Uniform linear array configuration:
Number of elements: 64
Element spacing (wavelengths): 0.25
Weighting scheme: cosine
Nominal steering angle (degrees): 0
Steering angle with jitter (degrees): -0.04483
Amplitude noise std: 0.05
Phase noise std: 0.05

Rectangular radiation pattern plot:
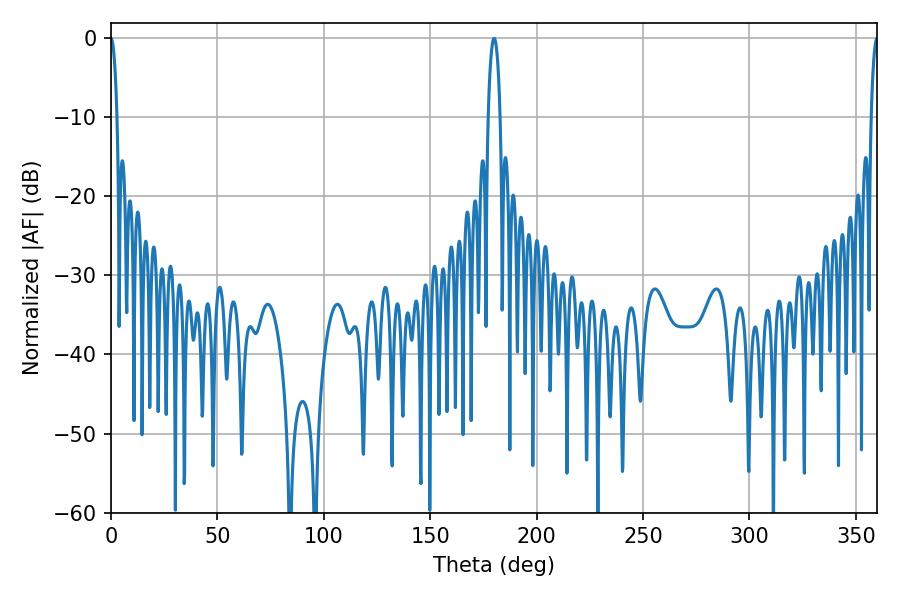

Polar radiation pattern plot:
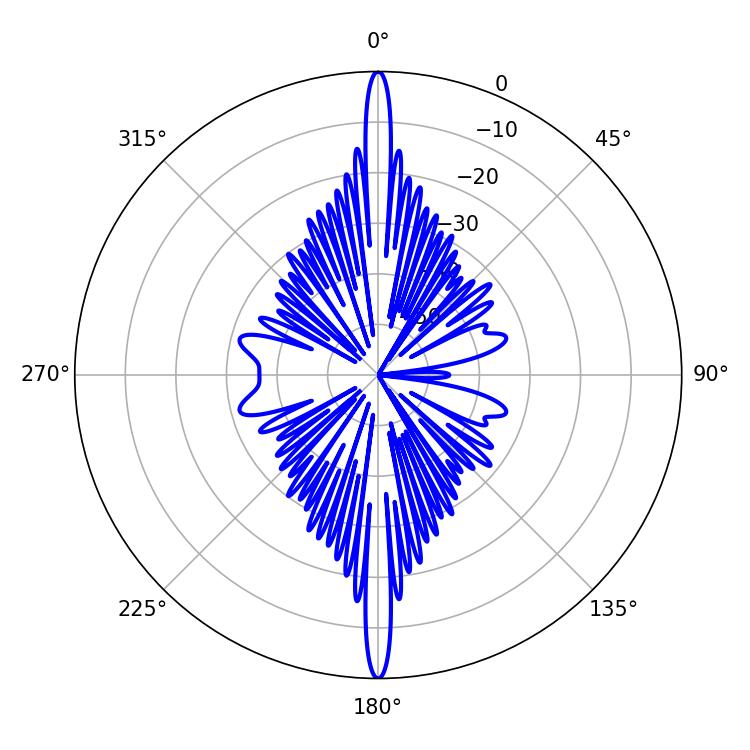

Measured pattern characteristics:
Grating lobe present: FALSE
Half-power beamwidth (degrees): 1.62
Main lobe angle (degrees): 360